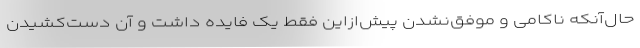
حال‌آنکه ناکامی و موفق‌نشدن پیش‌ازاین فقط یک فایده داشت و آن دست‌کشیدن